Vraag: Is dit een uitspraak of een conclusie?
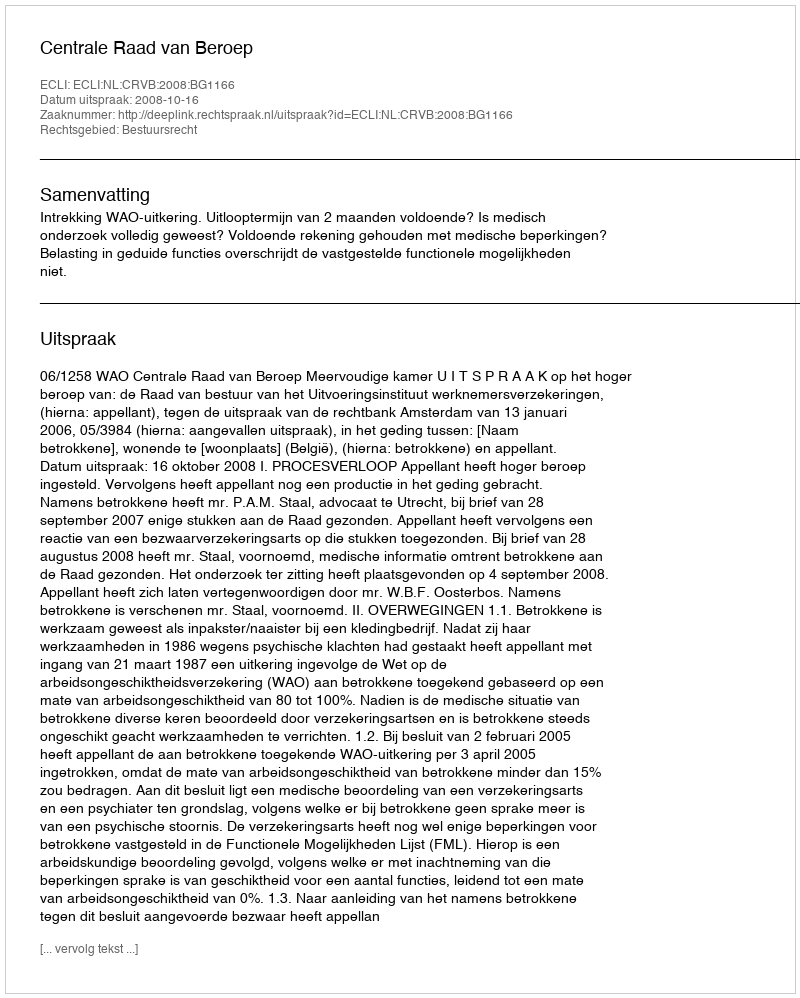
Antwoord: Uitspraak